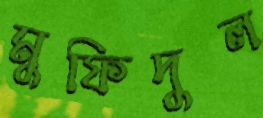
মুফিদুল